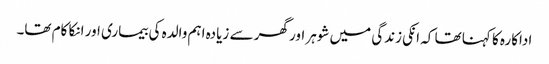
اداکارہ کا کہنا تھا کہ انکی زندگی میں شوہر اور گھر سے زیادہ اہم والدہ کی بیماری اور انکا کام تھا۔